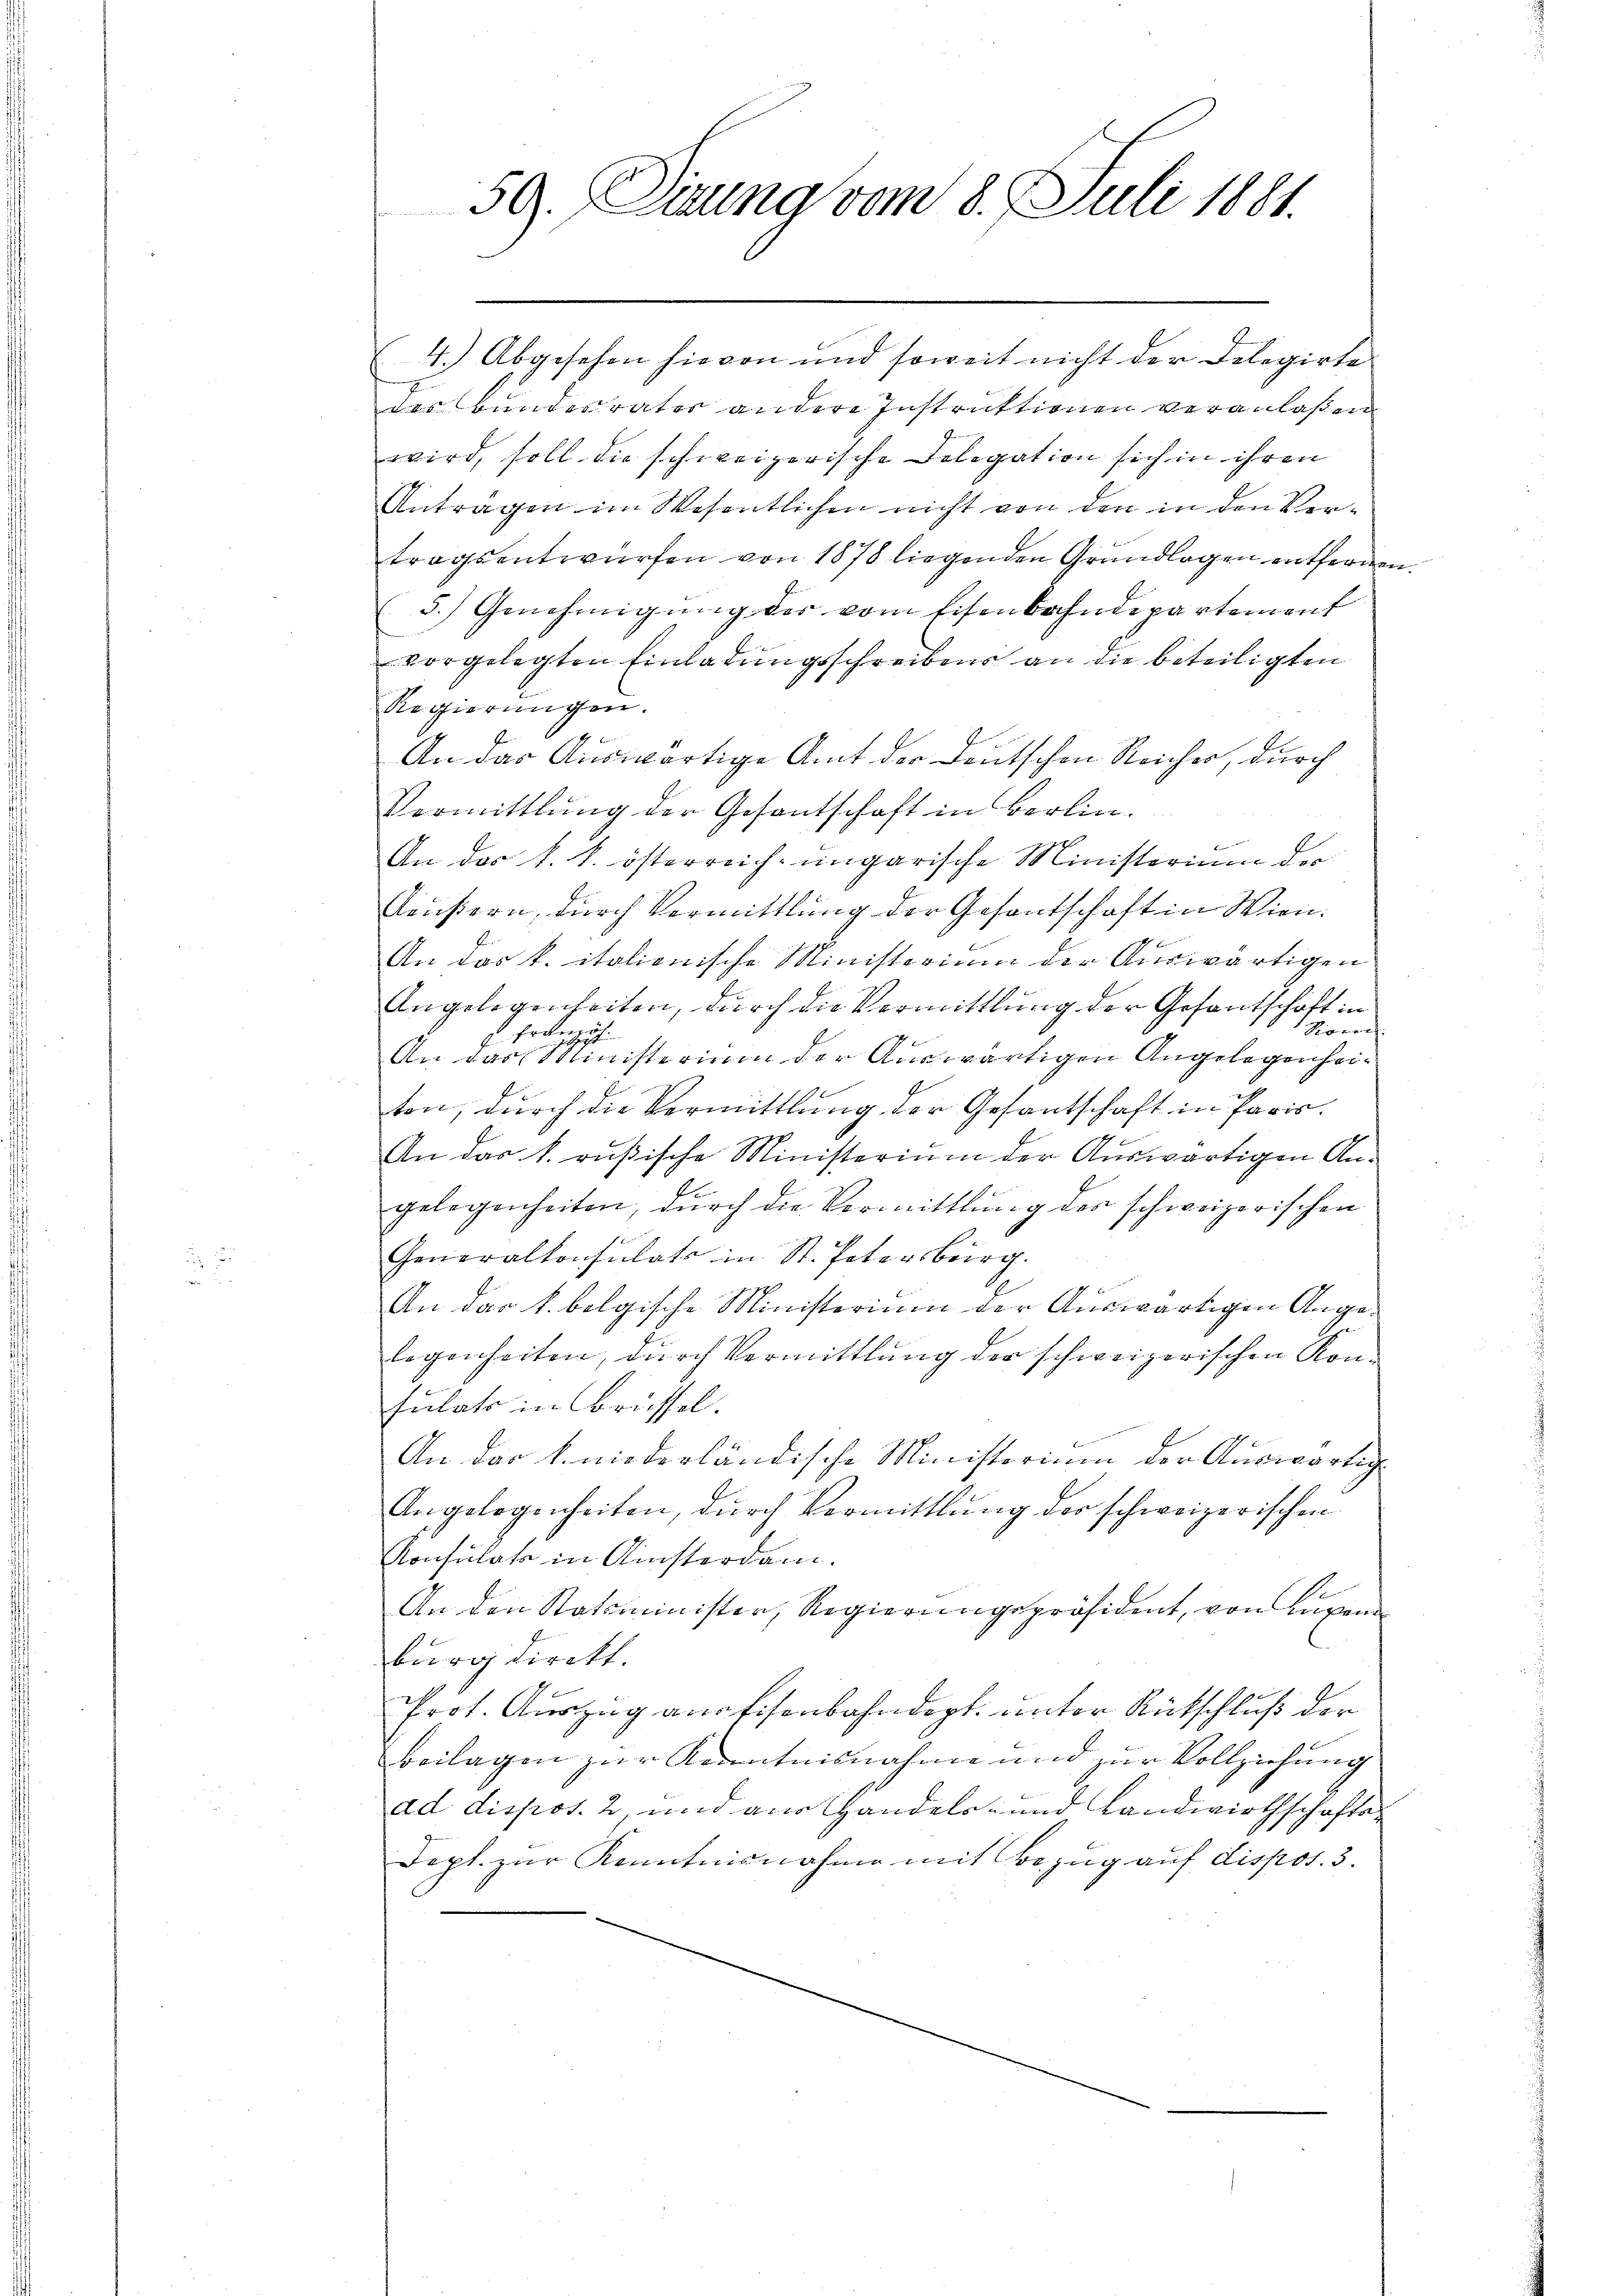
59. Dirung vom 8. Juli 1881.

4.) Abgesehen hievon und soweit nicht der Delegirte
des Bundesrates andere Instruktionen veranlaßen
wird, soll die schweizerische Delegation sich in ihren
Antragen im Wesentlichen nicht von den in den Vertragsentwürfen von 1878 liegenden Grundlagen entfernen.
5.) Genehmigung der vom Eisenbahndepartement
vorgelegten Einladungsschreibens an die beteiligten
Regierungen.
An das Auswärtige Amt der Deutschen Reiches, durch
Vermittlung der Gesantschaft in Berlin.
An das k. k. österreich-ungarische Ministerium der
Aäußern, durch Vermittlung der Gesantschaft in Wien.
An das k. italienische Ministerium der Auswärtigen
Angelegenheiten, durch die Vermittlung der Gesandschaft in
Signand
 Französ.
An das Ministerium der Auswärtigen Angelegenheiten, durch die Vermittlung der Gesantschaft in Paris.
An das k. rußische Ministerium der Auswärtigen Angelegenheiten, durch die Vermittlung des schweizerischen
Generalkonsulats in St. Petersburg.
An das k. belgische Ministerium der Auswärtigen Angelegenheiten, durch Vermittlung der schweizerischen Kon-
sulats in Brüssel.
An das k. niederländische Ministerium der Auswärtig
Angelegenheiten, durch Vermittlung der schweizerischen
Konsulato in Ainsterdam.
An den Statsminister, Regierungspräsident, von Lungen
burg direkt.
Prot. Auszug aus Eisenbahndept. unter Rutschluß der
Beilagen zur Kenntnisnahme und zur Vollziehung
ad dispos. 2, und aus Handels- und Landwirthschafts-
Dept. zur Kenntnisnahme mit Bezug auf dispos. 3.